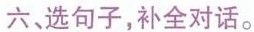
六、选句子，补全对话.。